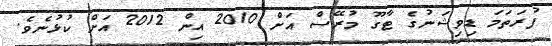
ފުރަތަމަ ޑިވިޝަނުގެ ޓާގޫ މުރޭސް އަށް 2010 އިން 2012 އަށް ކުޅުނެވެ.